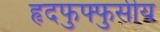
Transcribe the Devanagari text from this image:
हृदफुफ्फुसीय